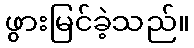
ဖွားမြင်ခဲ့သည်။